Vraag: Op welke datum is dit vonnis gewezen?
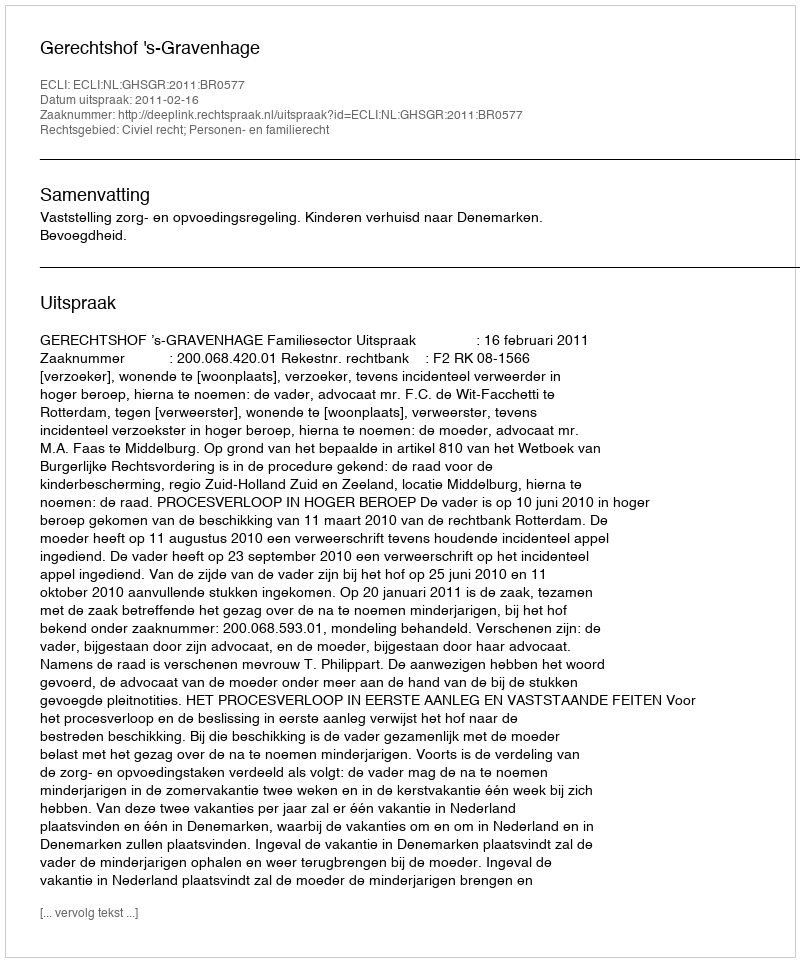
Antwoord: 2011-02-16